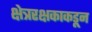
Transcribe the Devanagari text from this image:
क्षेत्ररक्षकाकडून